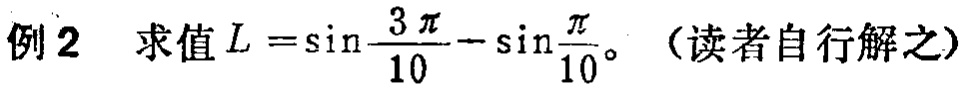
例2 求值 \(L = \sin\frac{3\pi}{10} - \sin\frac{\pi}{10}\)。（读者自行解之）